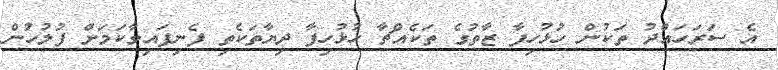
އެ ސަރަހައްދު ތަކުން ހުޅުހިފާ ޒާތުގެ ތަކެއްޗާ ހުޅުހިފާ ދިޔާތަކެތި ފެނިފައިވާކަމަށް ފުލުހުން